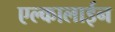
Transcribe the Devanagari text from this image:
एल्कालाईन